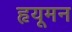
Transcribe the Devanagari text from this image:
हृयूमन